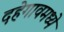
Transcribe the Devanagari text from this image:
दहेगावमध्ये